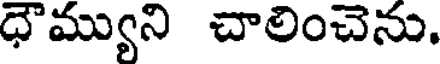
ధౌమ్యుని చాలించెను.